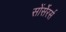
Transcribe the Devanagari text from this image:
सोंर्सेरर्स